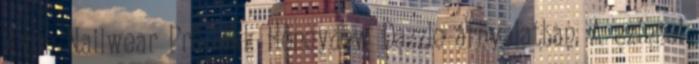
Avon Nailwear Pro lakk Honeydew Dazzle árnyalatban. A színnel